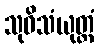
သုဝိသံယုတ္တံ